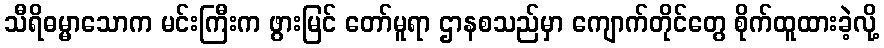
သီရိဓမ္မာသောက မင်းကြီးက ဖွားမြင် တော်မူရာ ဌာနစသည်မှာ ကျောက်တိုင်တွေ စိုက်ထူထားခဲ့လို့